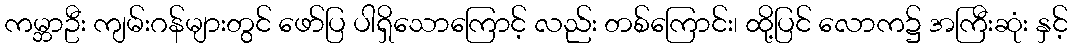
ကမ္ဘာဦး ကျမ်းဂန်များတွင် ဖော်ပြ ပါရှိသောကြောင့် လည်း တစ်ကြောင်း၊ ထို့ပြင် လောက၌ အကြီးဆုံး နှင့်